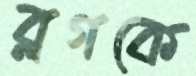
ব্লগকে